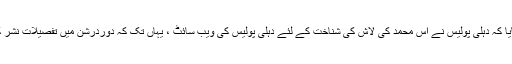
انہوں نے بتایا کہ دہلی پولیس نے آس محمد کی لاش کی شناخت کے لئے دہلی پولیس کی ویب سائٹ ، یہاں تک کہ دوردرشن میں تفصیلات نشر کروائی تھی۔